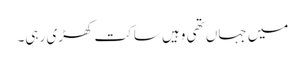
میں جہاں تھی وہیں ساکت کھڑی رہی۔